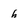
Character: h